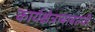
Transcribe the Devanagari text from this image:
कार्यक्षेत्राबाबतची